Civil Veterinary Dept. North-West Frontier Province 1901-22 - 1901-1922
Year: 1901
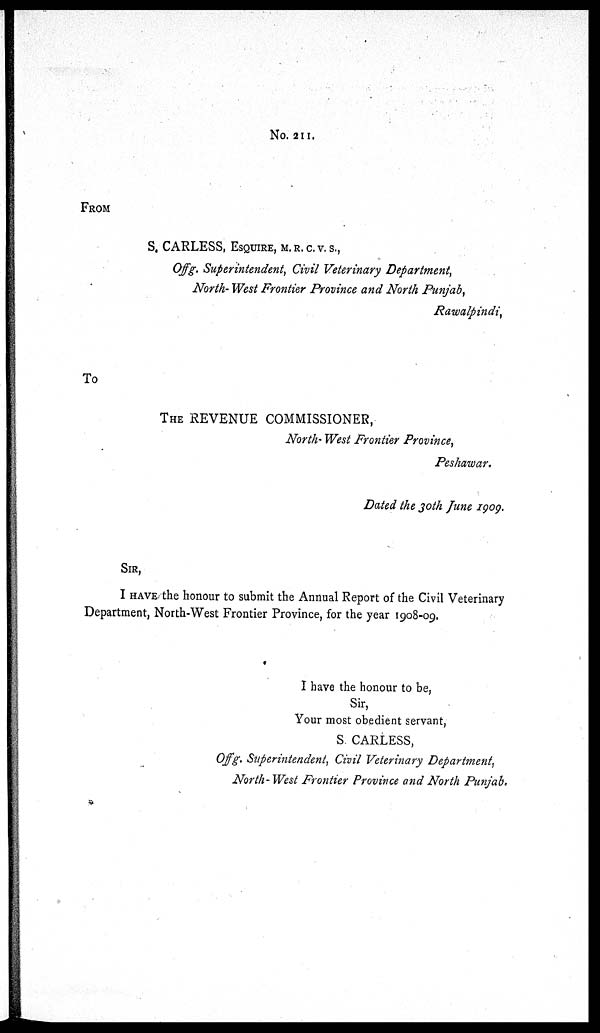
No. 211.
FROM
S. CARLESS, ESQUIRE, M. R. C. V. S.,
Offg. Superintendent, Civil Veterinary Department,
North-West Frontier Province and North Punjab,
Rawalpindi,
To
THE REVENUE COMMISSIONER,
North-West Frontier Province,
Peshawar.
Dated the 30th June 1909.
SIR,
I HAVE the honour to submit the Annual Report of the Civil Veterinary
Department, North-West Frontier Province, for the year 1908-09.
I have the honour to be,
Sir,
Your most obedient servant,
S. CARLESS,
Offg. Superintendent, Civil Veterinary Department,
North-West Frontier Province and North Punjab.